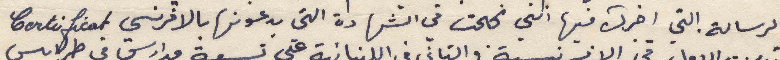
الرسالة. التي اخبرك فيها انني نجحت في الشهادة التي يدعونها بالافرنسي Certificat